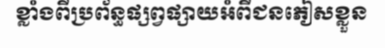
ខ្លាំងពីប្រព័ន្ធផ្សព្វផ្សាយអំពីជនភៀសខ្លួន